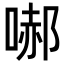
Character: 𭉞